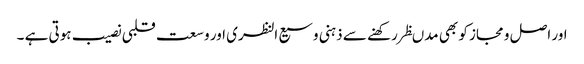
اور اصل و مجاز کو بھی مدںظر رکھنے سے ذہنی وسیع النظری اور وسعت قلبی نصیب ہوتی ہے ۔